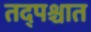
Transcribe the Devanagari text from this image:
तद्पश्चात